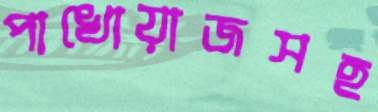
পাখোয়াজসহ